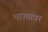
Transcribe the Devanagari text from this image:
भाज्यांवर